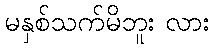
မနှစ်သက်မိဘူး လား